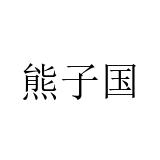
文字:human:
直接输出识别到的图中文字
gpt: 熊子国